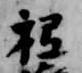
祗